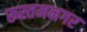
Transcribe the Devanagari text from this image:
रूस्तमनगर